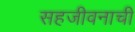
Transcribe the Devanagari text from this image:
सहजीवनाची